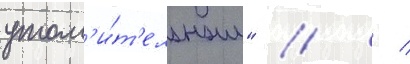
утом'и́т'ельным" //